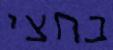
בחצי